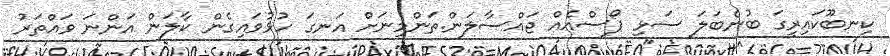
ކިނބޫކައިރީގަ ބުނެބަލަ ސަޅި ޕޯސްއެއް ޖައްސާލަން.ތަންމިނަށް އަނގަ ހުޅުވައިގެން ކާލަން އަންނަ ވައްތަރު